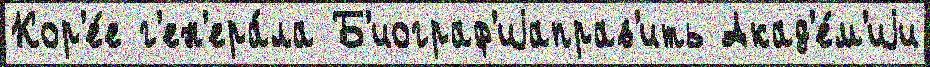
Кор'е́е г'ен'ера́ла Б'иограф'иjаправ'ить Акад'е́м'иjи